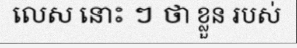
លេស នោះ ៗ ថា ខ្លួន របស់